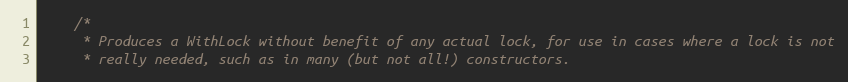
Language: C
    /*
     * Produces a WithLock without benefit of any actual lock, for use in cases where a lock is not
     * really needed, such as in many (but not all!) constructors.